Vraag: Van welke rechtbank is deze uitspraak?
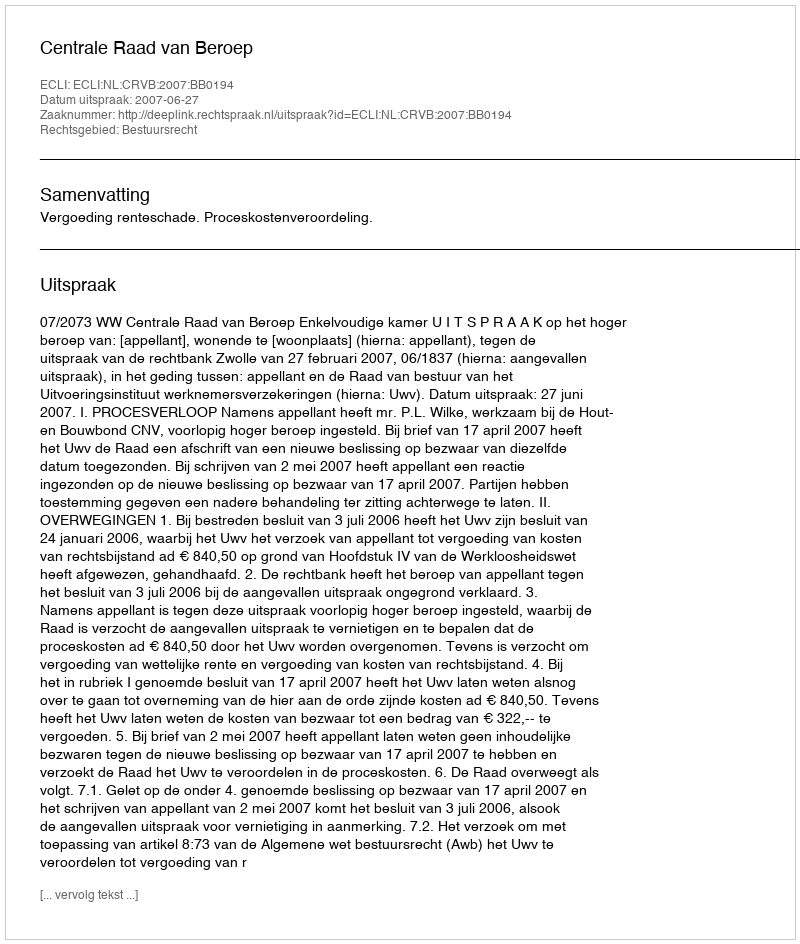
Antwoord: Centrale Raad van Beroep